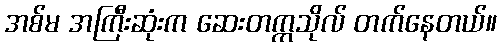
အစ်မ အကြီးဆုံးက ဆေးတက္ကသိုလ် တက်နေတယ်။